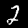
Label: 2